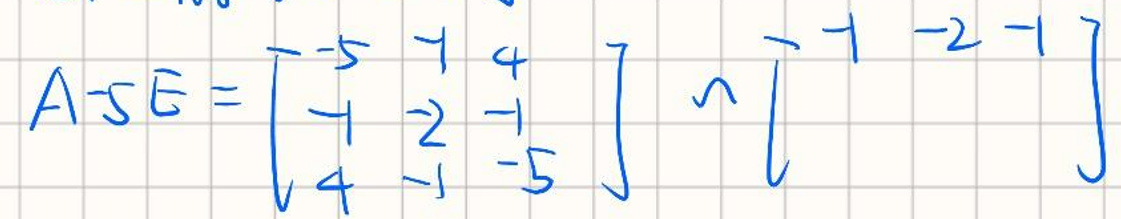
\[ A - 5E =
\begin{bmatrix}
-5 & 1 & 4 \\
1 & 2 & -1 \\
4 & -1 & -5
\end{bmatrix}
- 5\begin{bmatrix}
1 & 0 & 0 \\
0 & 1 & 0 \\
0 & 0 & 1
\end{bmatrix}
~
\begin{bmatrix}
-5 & 1 & 4 \\
1 & 2 & -1 \\
4 & -1 & -5
\end{bmatrix}
-
\begin{bmatrix}
5 & 0 & 0 \\
0 & 5 & 0 \\
0 & 0 & 5
\end{bmatrix}
=
\begin{bmatrix}
-10 & 1 & 4 \\
1 & -3 & -1 \\
4 & -1 & -10
\end{bmatrix}
\]